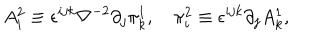
LaTeX: A _ { i } ^ { 2 } \equiv \epsilon ^ { i j k } \nabla ^ { - 2 } \partial _ { j } \pi _ { k } ^ { 1 } , \quad \pi _ { i } ^ { 2 } \equiv \epsilon ^ { i j k } \partial _ { j } A _ { k } ^ { 1 } ,